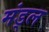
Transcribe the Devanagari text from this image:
मंड्ल